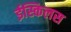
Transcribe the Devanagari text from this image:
ईस्किलस